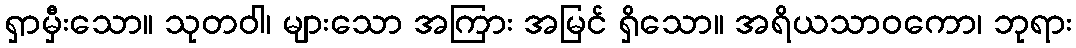
ရှာမှီးသော။ သုတဝါ၊ များသော အကြား အမြင် ရှိသော။ အရိယသာဝကော၊ ဘုရား